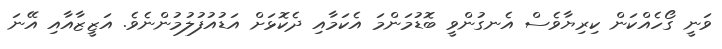
ވަނީ ގޯހެއްކަން ކިރިޔާވެސް އެނގުންވީ ބޮޑުމަންމަ އެކަމާއި ދެކޮޅަށް އަޑުއުފުލުމުންނެވެ. އަޒީޒާއާއި އޭނަ